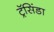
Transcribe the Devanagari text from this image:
ट्रॅसिंडा